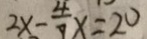
2 x - \frac { 4 } { 7 } x = 2 0